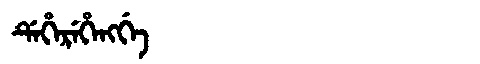
Manchu: ᡩᡝᡥᡝᡵᡝᡥᡝᠩᡤᡝ
Romanization: DEHEREHENGGE